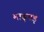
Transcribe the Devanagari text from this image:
माड़मड़